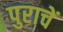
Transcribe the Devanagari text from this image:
पुराचें